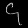
Digit: ၄